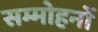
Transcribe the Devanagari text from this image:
सम्मोहनों